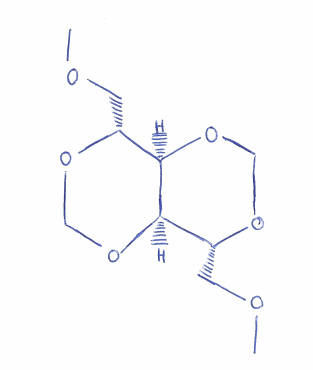
Simplified molecular-input line-entry system (SMILES) notation of the given molecule:
COC[C@@H]1[C@@H]2[C@@H]([C@H](OCO2)COC)OCO1